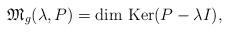
LaTeX: \begin{align*} \mathfrak{M}_g(\lambda,P)=\mbox{dim Ker}(P-\lambda I), \end{align*}